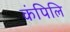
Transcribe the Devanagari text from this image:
कंपिलि